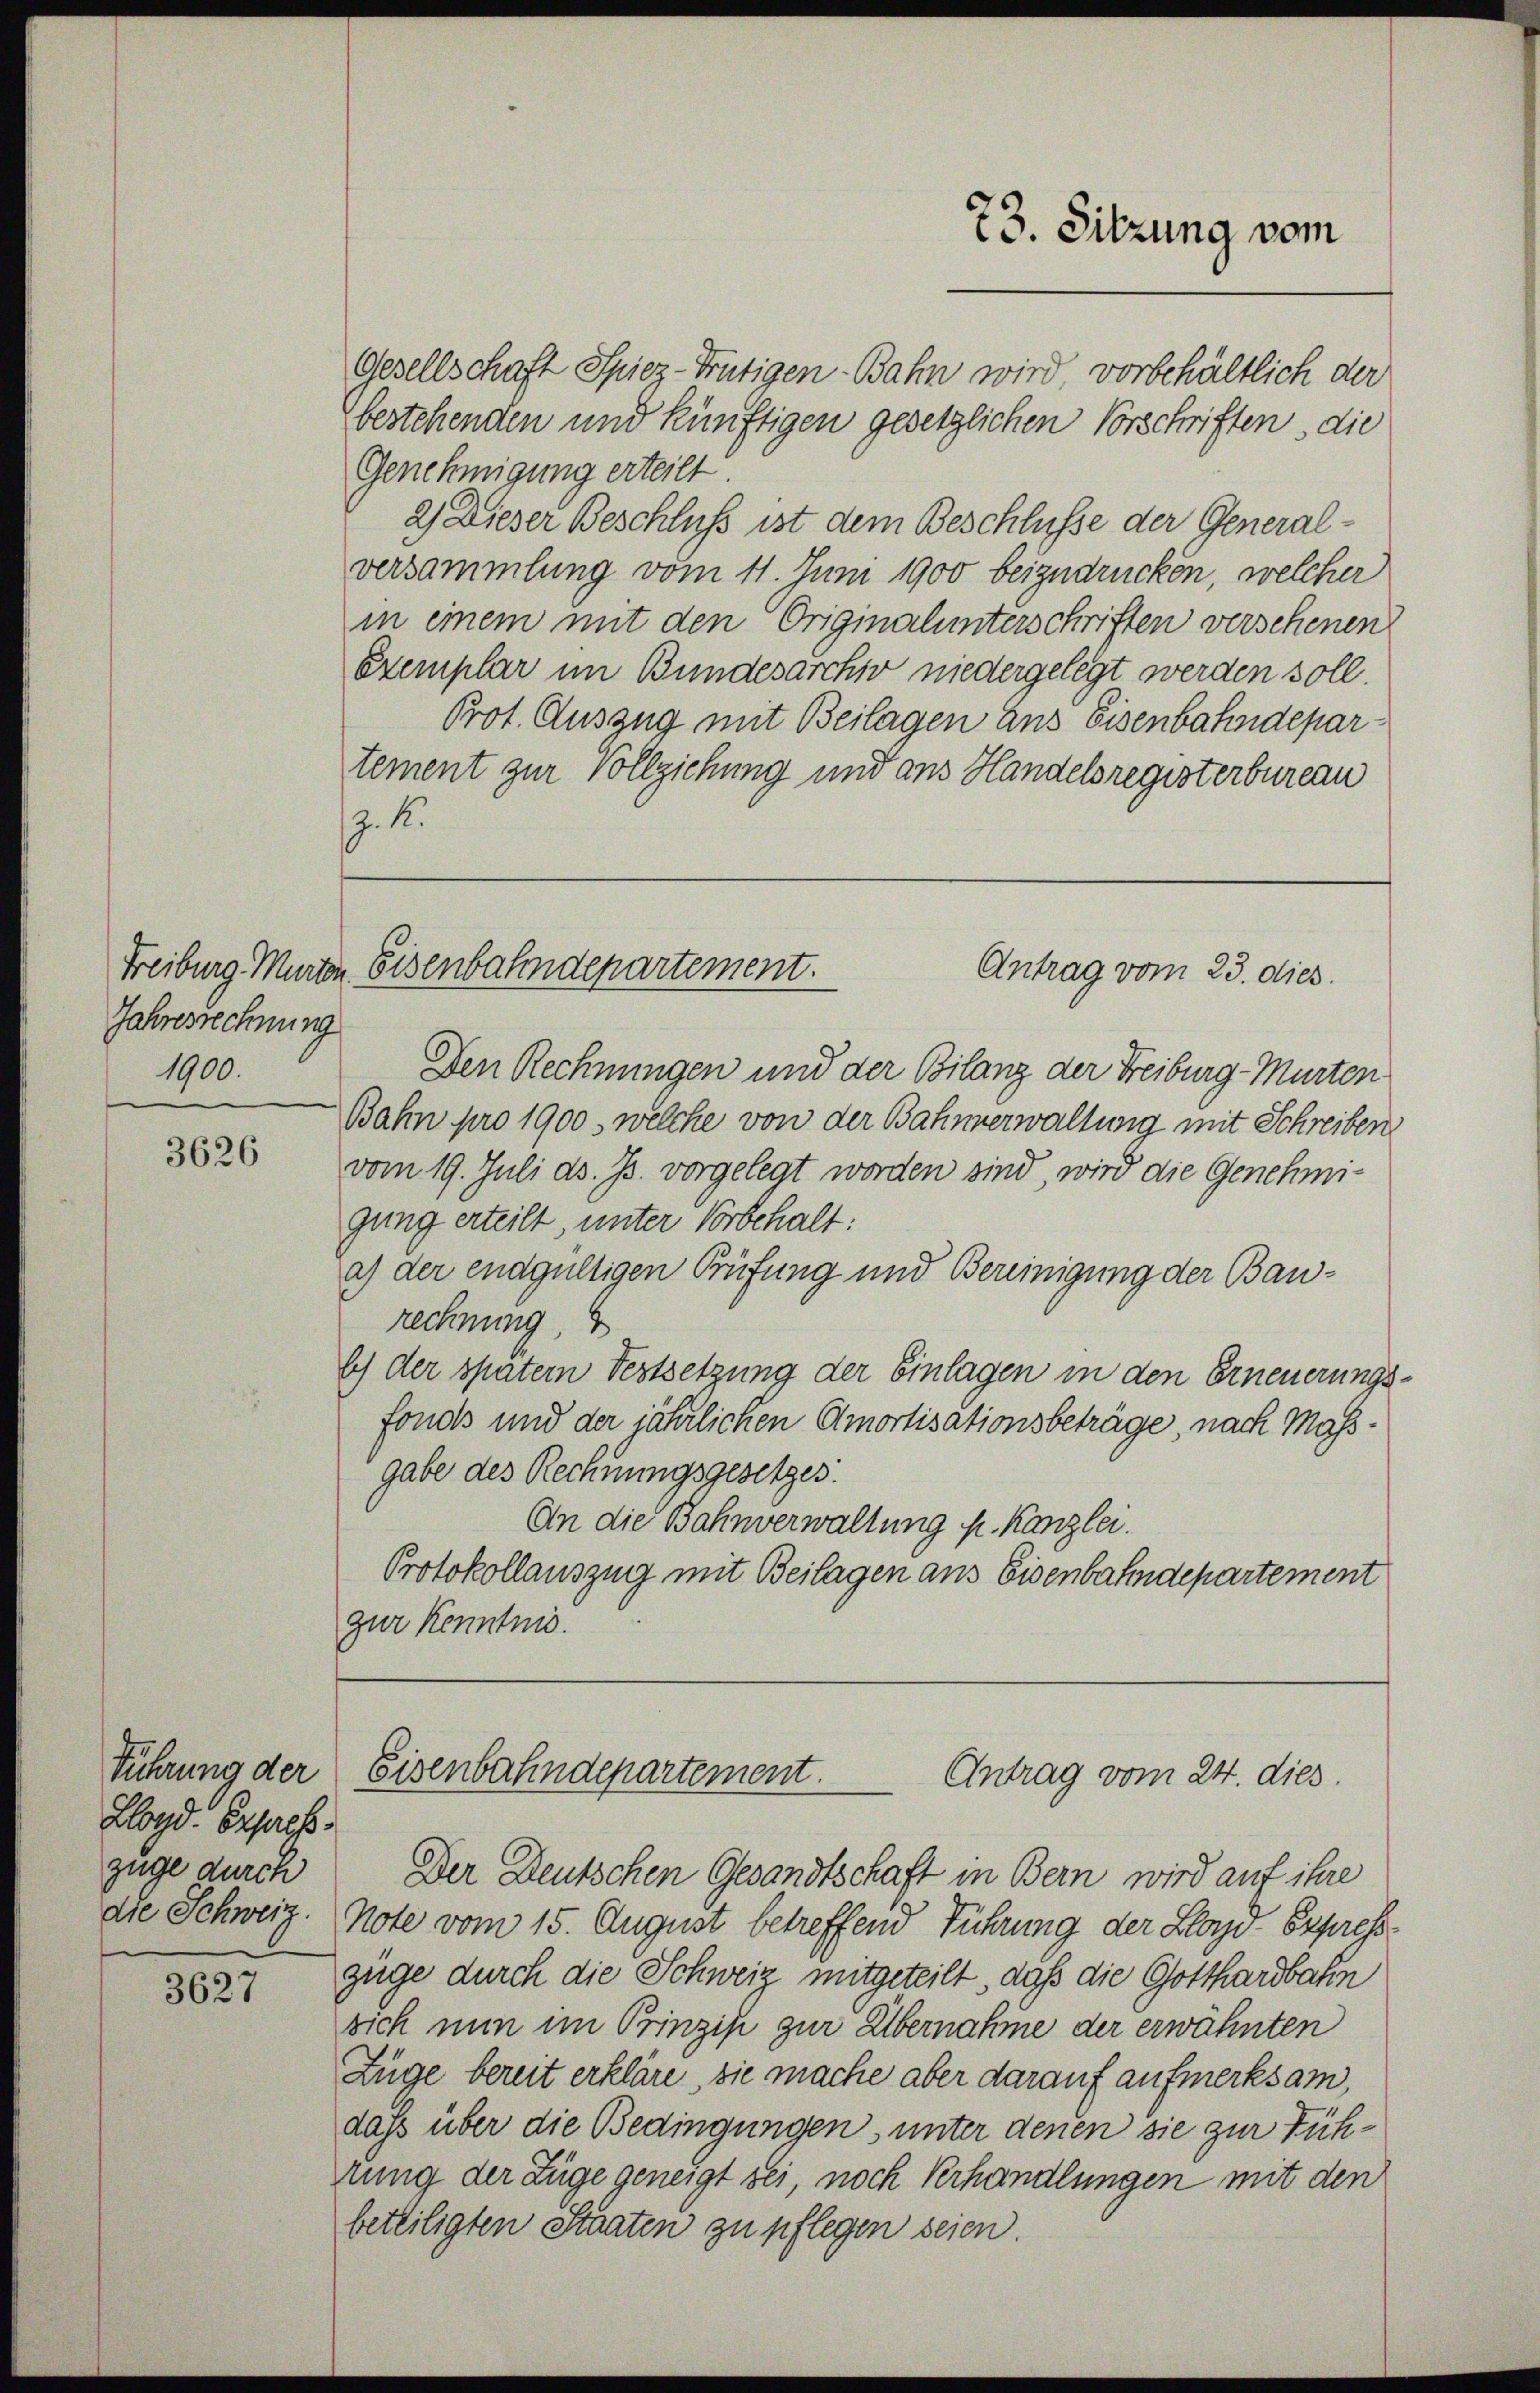
Jahresrechnung
1900.

3626

Führung der
Lloyd Expres
züge durch

3027

Gesellschaft Spiez-Frutigen-Bahn wird vorbehältlich der
bestehenden und künftigen gesetzlichen Vorschriften, die
Genehmigung erteilt
2) Dieser Beschluß ist dem Beschlüsse der Generalversammlung vom 11. Juni 1900 beizudrücken, welcher
in einem mit den Originalunterschriften verschenen
Exemplar im Bundesarchiv niedergelegt werden soll.
Prot. Auszug mit Beilagen aus Eisenbahndepartement zur Vollziehung und aus Handelsregisterbureau
. K.

73. Sitzung vom

Freiburg Murten Eisenbahndepartement.
Antrag vom 23. dies

Den Rechnungen und der Bilanz der Freiburg - Murten
Bahn pro 1900, welche von der Bahnverwaltung mit Schreiben
vom 19. Juli d. Js. vorgelegt worden sind, wird die Genehmigung erteilt, unter Vorbehalt:
a) der endgültigen Prüfung und Bereinigung der Baurechnung,
b) der spatern Festsetzung der Einlagen in den Erneuerungsfonds und der jährlichen Amortisationsbeträge, nach Massgabe des Rechnungsgesetzes
An die Bahnverwaltung p. Kanzlei.
Protokollauszug mit Beilagen aus Eisenbahndepartement
zur Kenntnis.

Eisenbahndepartement.
Antrag vom 24. dies.
Der Deutschen Gesandtschaft in Bern wird auf ihre

die Schweiz. Note vom 15. August betreffend Führung der Lloyd Express
züge durch die Schweiz mitgeteilt, daß die Gotthardbahn
sich nun im Prinzip zur Übernahme der erwähnten
Züge bereit erkläre, sie mache aber darauf aufmerksam,
dass über die Bedingungen, unter denen sie zur Führung der Züge geneigt sei, noch Verhandlungen mit den
beteiligten Staaten zu pflegen seien.